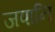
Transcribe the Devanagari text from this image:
जपानि